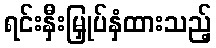
ရင်းနှီးမြှုပ်နှံထားသည့်